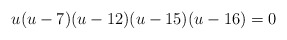
\begin{align*}u(u-7)(u-12)(u-15)(u-16)=0\end{align*}